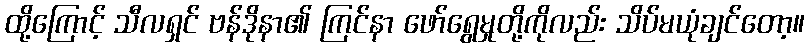
ထို့ကြောင့် သီလရှင် ဗန်ဒိုနာ၏ ကြင်နာ ဖော်ရွေမှုတို့ကိုလည်း သိပ်မယုံချင်တော့။